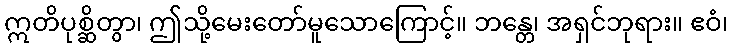
ဣတိပုစ္ဆိတွာ၊ ဤသို့မေးတော်မူသောကြောင့်။ ဘန္တေ၊ အရှင်ဘုရား။ ဧဝံ၊